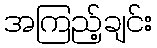
အကြည့်ချင်း